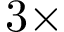
3 \times